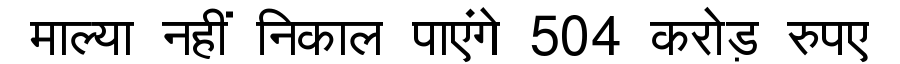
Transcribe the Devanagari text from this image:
माल्या नहीं निकाल पाएंगे 504 करोड़ रुपए